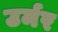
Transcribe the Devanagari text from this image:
उर्मर